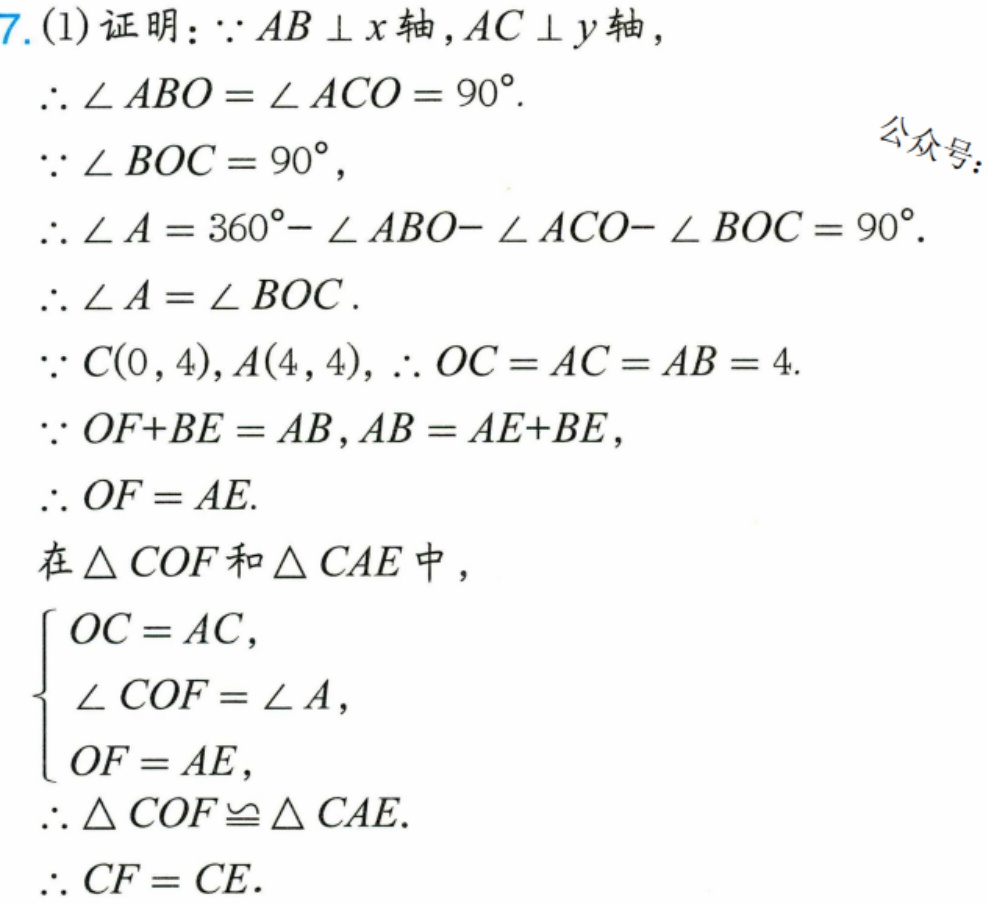
7. (1)证明：\(\because AB\perp x\)轴，\(AC\perp y\)轴，
\(\therefore \angle ABO=\angle ACO = 90^{\circ}\).
\(\because \angle BOC = 90^{\circ}\)，
\(\therefore \angle A=360^{\circ}-\angle ABO - \angle ACO-\angle BOC = 90^{\circ}\).
\(\therefore \angle A=\angle BOC\).
\(\because C(0,4)\)，\(A(4,4)\)，\(\therefore OC = AC = AB = 4\).
\(\because OF + BE=AB\)，\(AB = AE + BE\)，
\(\therefore OF = AE\).
在\(\triangle COF\)和\(\triangle CAE\)中，
\(\begin{cases}
OC = AC,\\
\angle COF=\angle A,\\
OF = AE,
\end{cases}\)
\(\therefore \triangle COF\cong\triangle CAE\).
\(\therefore CF = CE\).